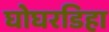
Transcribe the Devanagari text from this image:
घोघरडिहा